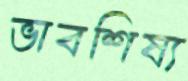
ভাবশিষ্য